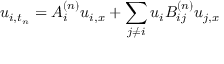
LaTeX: u _ { i , t _ { n } } = A _ { i } ^ { ( n ) } u _ { i , x } + \sum _ { j \neq i } u _ { i } B _ { i j } ^ { ( n ) } u _ { j , x }